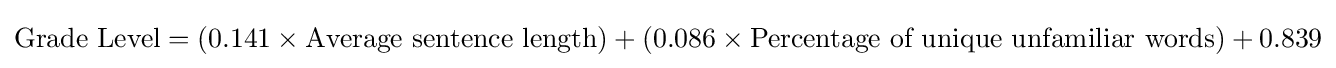
{\mbox{Grade Level}}=\left(0.141\times {\mbox{Average sentence length}}\right)+\left(0.086\times {\mbox{Percentage of unique unfamiliar words}}\right)+0.839